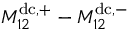
M _ { 1 2 } ^ { \mathrm { d c } , + } - M _ { 1 2 } ^ { \mathrm { d c } , - }